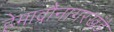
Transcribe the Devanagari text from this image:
हेमाद्रौनागरखंडे